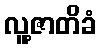
လူ့ဇာတိခံ